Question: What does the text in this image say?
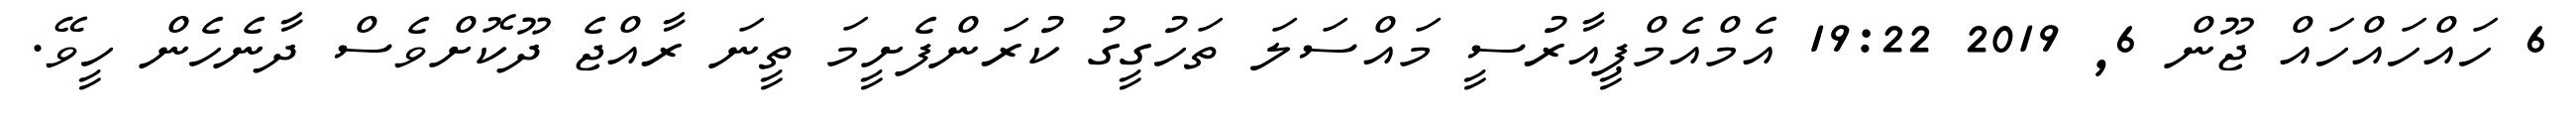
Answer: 6 ހައްހައްހައް ޖޫން 6, 2019 19:22 އެމްއެމްޕީއާރުސީ މައްސަލަ ތަހުގީގު ކުރަންފެށީމަ ތީނަ ރާއްޖެ ދޫކޮށްވެސް ދާނެހެން ހީވޭ.